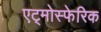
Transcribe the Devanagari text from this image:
एट्मोस्फेरिक